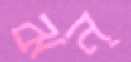
ঝন্